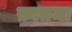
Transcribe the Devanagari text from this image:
फ़ातमा